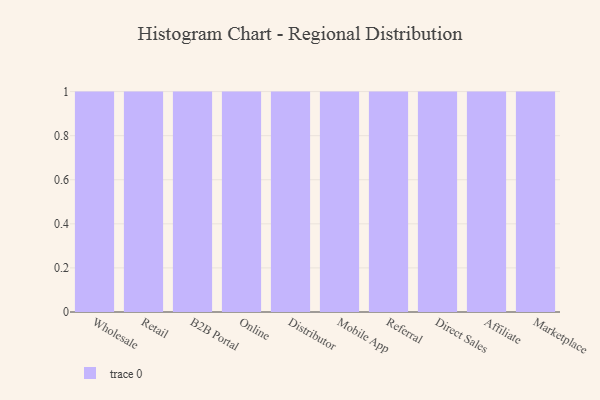
{"axis": {"x": "Channel", "y": "Page Views"}, "legend": [""], "data": [{"x": "Wholesale", "y": 94, "type": ""}, {"x": "Retail", "y": 94, "type": ""}, {"x": "B2B Portal", "y": 77, "type": ""}, {"x": "Online", "y": 37, "type": ""}, {"x": "Distributor", "y": 89, "type": ""}, {"x": "Mobile App", "y": 6, "type": ""}, {"x": "Referral", "y": 20, "type": ""}, {"x": "Direct Sales", "y": 53, "type": ""}, {"x": "Affiliate", "y": 63, "type": ""}, {"x": "Marketplace", "y": 88, "type": ""}]}